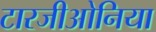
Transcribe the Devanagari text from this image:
टारजीओनिया